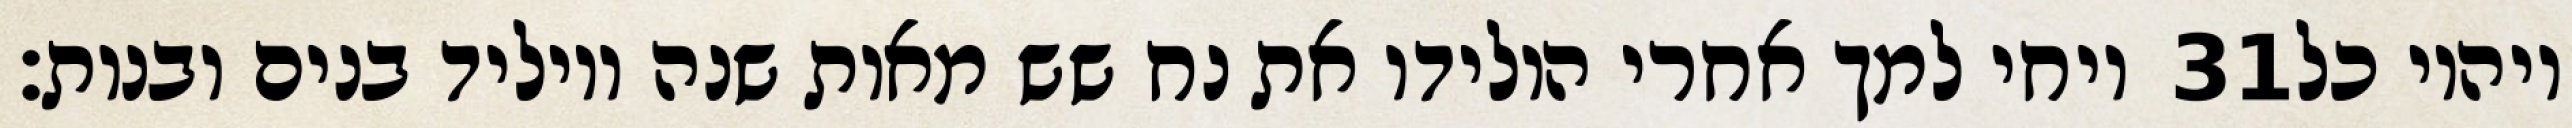
ויחי למך אחרי הולידו את נח שש מאות שנה ויוליד בנים ובנות׃ ‎31‏ ויהיו כל